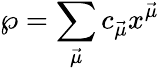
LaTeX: {\wp}=\sum_{\vec{\mu}}c_{\vec{\mu}}x^{\vec{\mu}}